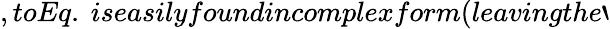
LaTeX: ,toEq.~iseasilyfoundincomplexform(leavingthe`